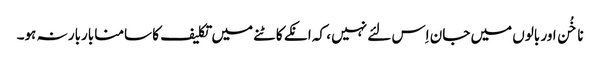
ناخُن اور بالوں میں جان اِس لئے نہیں ، کہ انکے کاٹنے میں تکلیف کا سامنا باربار نہ ہو۔